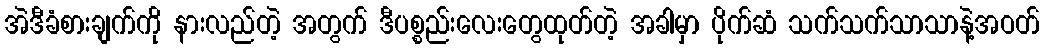
အဲဒီခံစားချက်ကို နားလည်တဲ့ အတွက် ဒီပစ္စည်းလေးတွေထုတ်တဲ့ အခါမှာ ပိုက်ဆံ သက်သက်သာသာနဲ့အဝတ်